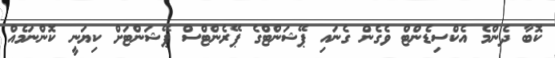
ކޮބާ ދެންމެ އެކްސިޑެންޓް ވެގެން ގެނައި ޕޭޝަންޓްގެ ޕޭރެންޓްސް ޕޭޝަންޓަށް ކިޔަނީި ކޮންނަމެއް